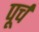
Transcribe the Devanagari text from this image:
पूर्च